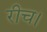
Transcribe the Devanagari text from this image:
रीच।